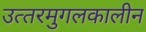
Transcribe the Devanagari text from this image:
उत्‍तरमुगलकालीन